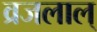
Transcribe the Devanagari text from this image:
व्रजलाल्